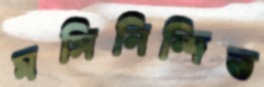
মসিনিন্দিত